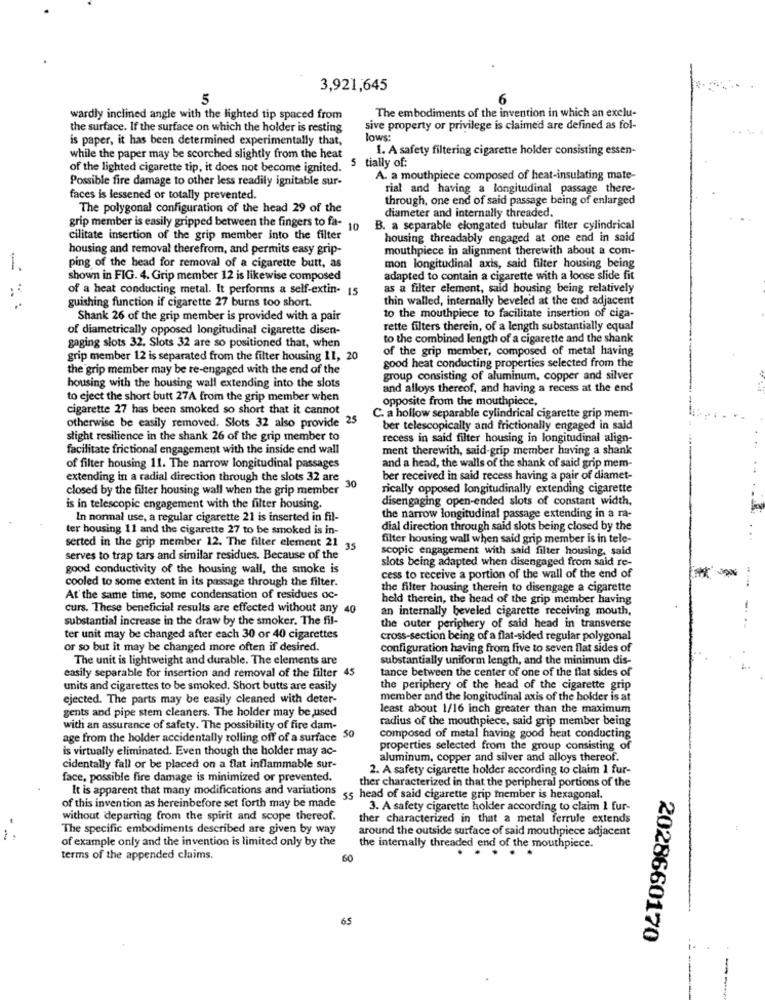
3,921,645
5
6
wardly inclined angle with the lighted tip spaced from
The embodiments of the invention in which an exclu-
the surface. If the surface on which the holder is resting
sive property or privilege is claimed are defined as fol-
is paper, it has been determined experimentally that,
lows:
1. A safety filtering cigarette holder consisting essen-
while the paper may be scorched slightly from the heat
5 tially of:
of the lighted cigarette tip, it does not become ignited.
Possible fire damage to other less readily ignitable sur-
A. a mouthpiece composed of heat-insulating mate-
rial and having a longitudinal passage there-
faces is lessened or totally prevented.
through, one end of said passage being of enlarged
The polygonal configuration of the head 29 of the
diameter and internally threaded.
grip member is easily gripped between the fingers to fa- 10
B. a separable elongated tubular filter cylindrical
cilitate insertion of the grip member into the filter
housing threadably engaged at one end in said
housing and removal therefrom, and permits easy grip-
mouthpiece in alignment therewith about a com-
1.
ping of the head for removal of a cigarette butt, as
mon longitudinal axis, said filter housing being
shown in FIG. 4. Grip member 12 is likewise composed
adapted to contain a cigarette with a loose slide fit
of a heat conducting metal. It performs a self-extin. 15
as a filter element, said housing being relatively
guishing function if cigarette 27 burns too short.
thin walled, internally beveled at the end adjacent
to the mouthpiece to facilitate insertion of ciga-
Shank 26 of the grip member is provided with a pair
of diametrically opposed longitudinal cigarette disen-
rette filters therein, of a length substantially equal
to the combined length of a cigarette and the shank
gaging slots 32. Slots 32 are so positioned that, when
of the grip member, composed of metal having
grip member 12 is separated from the filter housing 11, 20
good heat conducting properties selected from the
the grip member may be re-engaged with the end of the
group consisting of aluminum, copper and silver
housing with the housing wall extending into the slots
and alloys thereof, and having a recess at the end
to eject the short butt 27A from the grip member when
opposite from the mouthpiece,
cigarette 27 has been smoked so short that it cannot
otherwise be easily removed. Slots 32 also provide 25
C. a hollow separable cylindrical cigarette grip mem-
ber telescopically and frictionally engaged in said
slight resilience in the shank 26 of the grip member to
recess in said filter housing in longitudinal align-
facilitate frictional engagement with the inside end wall
ment therewith, said-grip member having a shank
of filter housing 11. The narrow longitudinal passages
and a head, the walls of the shank of said grip mem-
extending in a radial direction through the slots 32 are
ber received in said recess having a pair of diamet-
closed by the filter housing wall when the grip member 0
rically opposed longitudinally extending cigarette
disengaging open-ended slots of constant width,
is in telescopic engagement with the filter housing.
In normal use, a regular cigarette 21 is inserted in fil-
the narrow longitudinal passage extending in a ra-
ter housing 11 and the cigarette 27 to be smoked is in-
dial direction through said slots being closed by the
filter housing wall when said grip member is in tele-
serted in the grip member 12. The filter element 21 35
scopic engagement with said filter housing, said
serves to trap tars and similar residues. Because of the
slots being adapted when disengaged from said re-
good conductivity of the housing wall, the smoke is
cooled to some extent in its passage through the filter.
cess to receive a portion of the wall of the end of
the filter housing therein to disengage a cigarette
At the same time, some condensation of residues oc-
held therein, the head of the grip member having
curs. These beneficial results are effected without any 40
an internally beveled cigarette receiving mouth,
substantial increase in the draw by the smoker. The fil-
the outer periphery of said head in transverse
ter unit may be changed after each 30 or 40 cigarettes
cross-section being of a flat-sided regular polygonal
or so but it may be changed more often if desired.
configuration having from five to seven flat sides of
The unit is lightweight and durable. The elements are
substantially uniform length, and the minimum dis-
easily separable for insertion and removal of the filter 45
tance between the center of one of the flat sides of
units and cigarettes to be smoked. Short butts are easily
the periphery of the head of the cigarette grip
ejected. The parts may be easily cleaned with deter-
member and the longitudinal axis of the holder is at
gents and pipe stem cleaners. The holder may be used
least about 1/16 inch greater than the maximum
radius of the mouthpiece, said grip member being
with an assurance of safety. The possibility of fire dam-
age from the holder accidentally rolling off of a surface 50
composed of metal having good heat conducting
is virtually eliminated. Even though the holder may ac-
properties selected from the group consisting of
aluminum, copper and silver and alloys thereof.
cidentally fall or be placed on a flat inflammable sur-
2. A safety cigarette holder according to claim 1 fur-
face, possible fire damage is minimized or prevented.
ther characterized in that the peripheral portions of the
It is apparent that many modifications and variations
of this invention as hereinbefore set forth may be made
head of said cigarette grip member is hexagonal.
3. A safety cigarette holder according to claim 1 fur-
without departing from the spirit and scope thereof.
ther characterized in that a metal ferrule extends
The specific embodiments described are given by way
around the outside surface of said mouthpiece adjacent
of example only and the invention is limited only by the
the internally threaded end of the mouthpiece.
....
terms of the appended claims.
60
65
2028660170